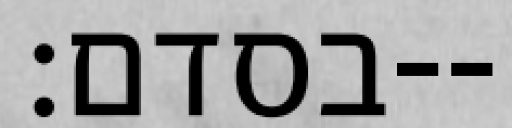
בסדם׃--